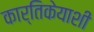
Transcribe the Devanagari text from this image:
कार्तिकेयाशी